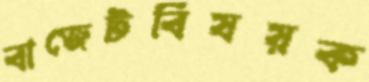
বাজেটবিষয়ক